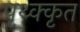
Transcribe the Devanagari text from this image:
पृथ्क्कृत